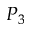
P _ { 3 }